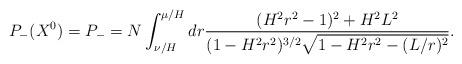
LaTeX: \begin{align*}P_-(X^0)=P_-=N\int_{\nu/H}^{\mu/H} dr\frac{(H^2r^2-1)^2+H^2L^2}{(1-H^2r^2)^{3/2}\sqrt{1-H^2r^2-(L/r)^2}}.\end{align*}